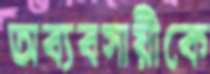
অব্যবসায়ীকে